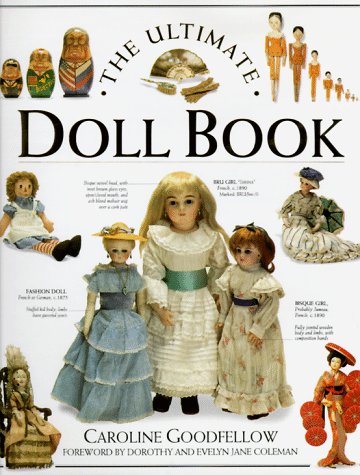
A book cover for Ultimate Doll Book; Faith Eaton; Crafts, Hobbies & Home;